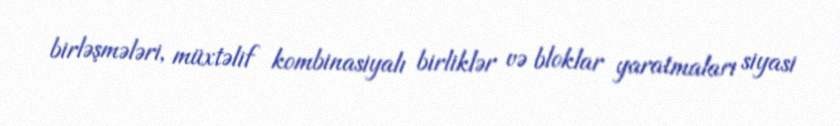
birləşmələri, müxtəlif kombinasiyalı birliklər və bloklar yaratmaları siyasi